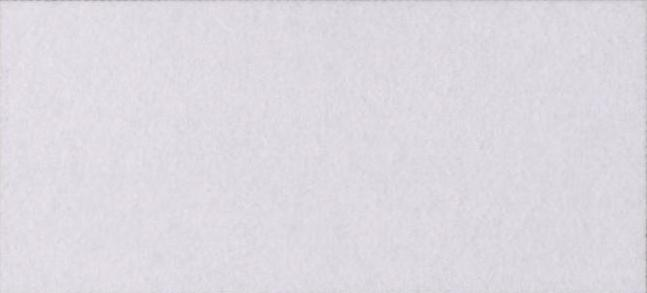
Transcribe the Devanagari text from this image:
इमेज